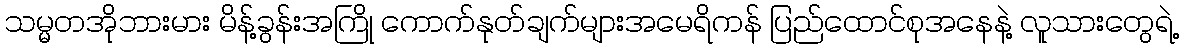
သမ္မတအိုဘားမား မိန့်ခွန်းအကြို ကောက်နုတ်ချက်များအမေရိကန် ပြည်ထောင်စုအနေနဲ့ လူသားတွေရဲ့